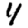
Digit: 4